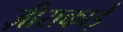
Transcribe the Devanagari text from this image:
ज़ीराकाई